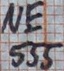
Text: NE555